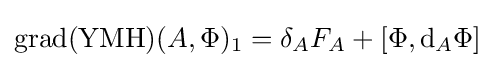
\operatorname {grad} (\operatorname {YMH} )(A,\Phi )_{1}=\delta _{A}F_{A}+[\Phi ,\mathrm {d} _{A}\Phi ]